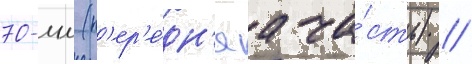
70-мм (п'ер'е́дн'яа ча́сть) /